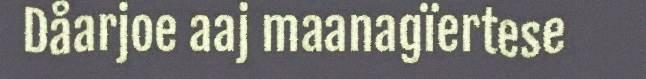
Dåarjoe aaj maanagïertese